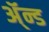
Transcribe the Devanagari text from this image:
ॲ्न्ड